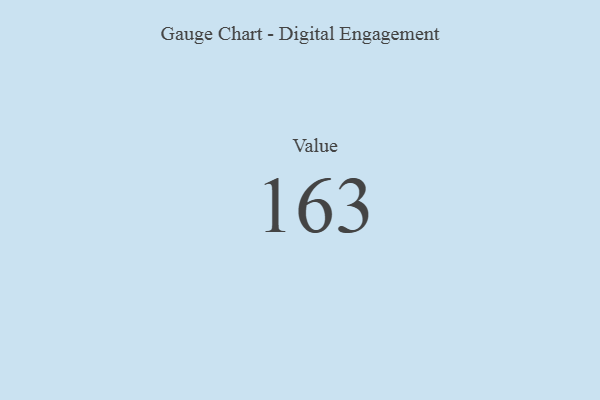
{"axis": {"x": "Metric", "y": "Value"}, "legend": [""], "data": [{"x": "Value", "y": 163, "type": ""}]}